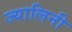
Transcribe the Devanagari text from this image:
ज्यालिनी